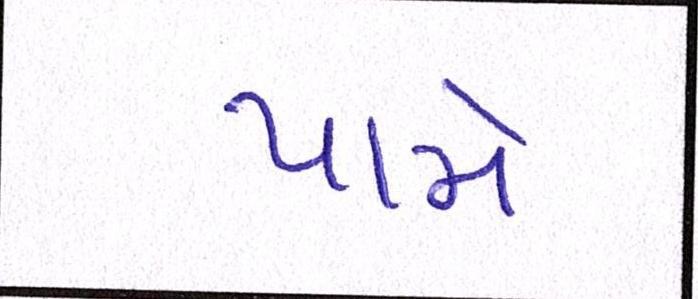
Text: પામે